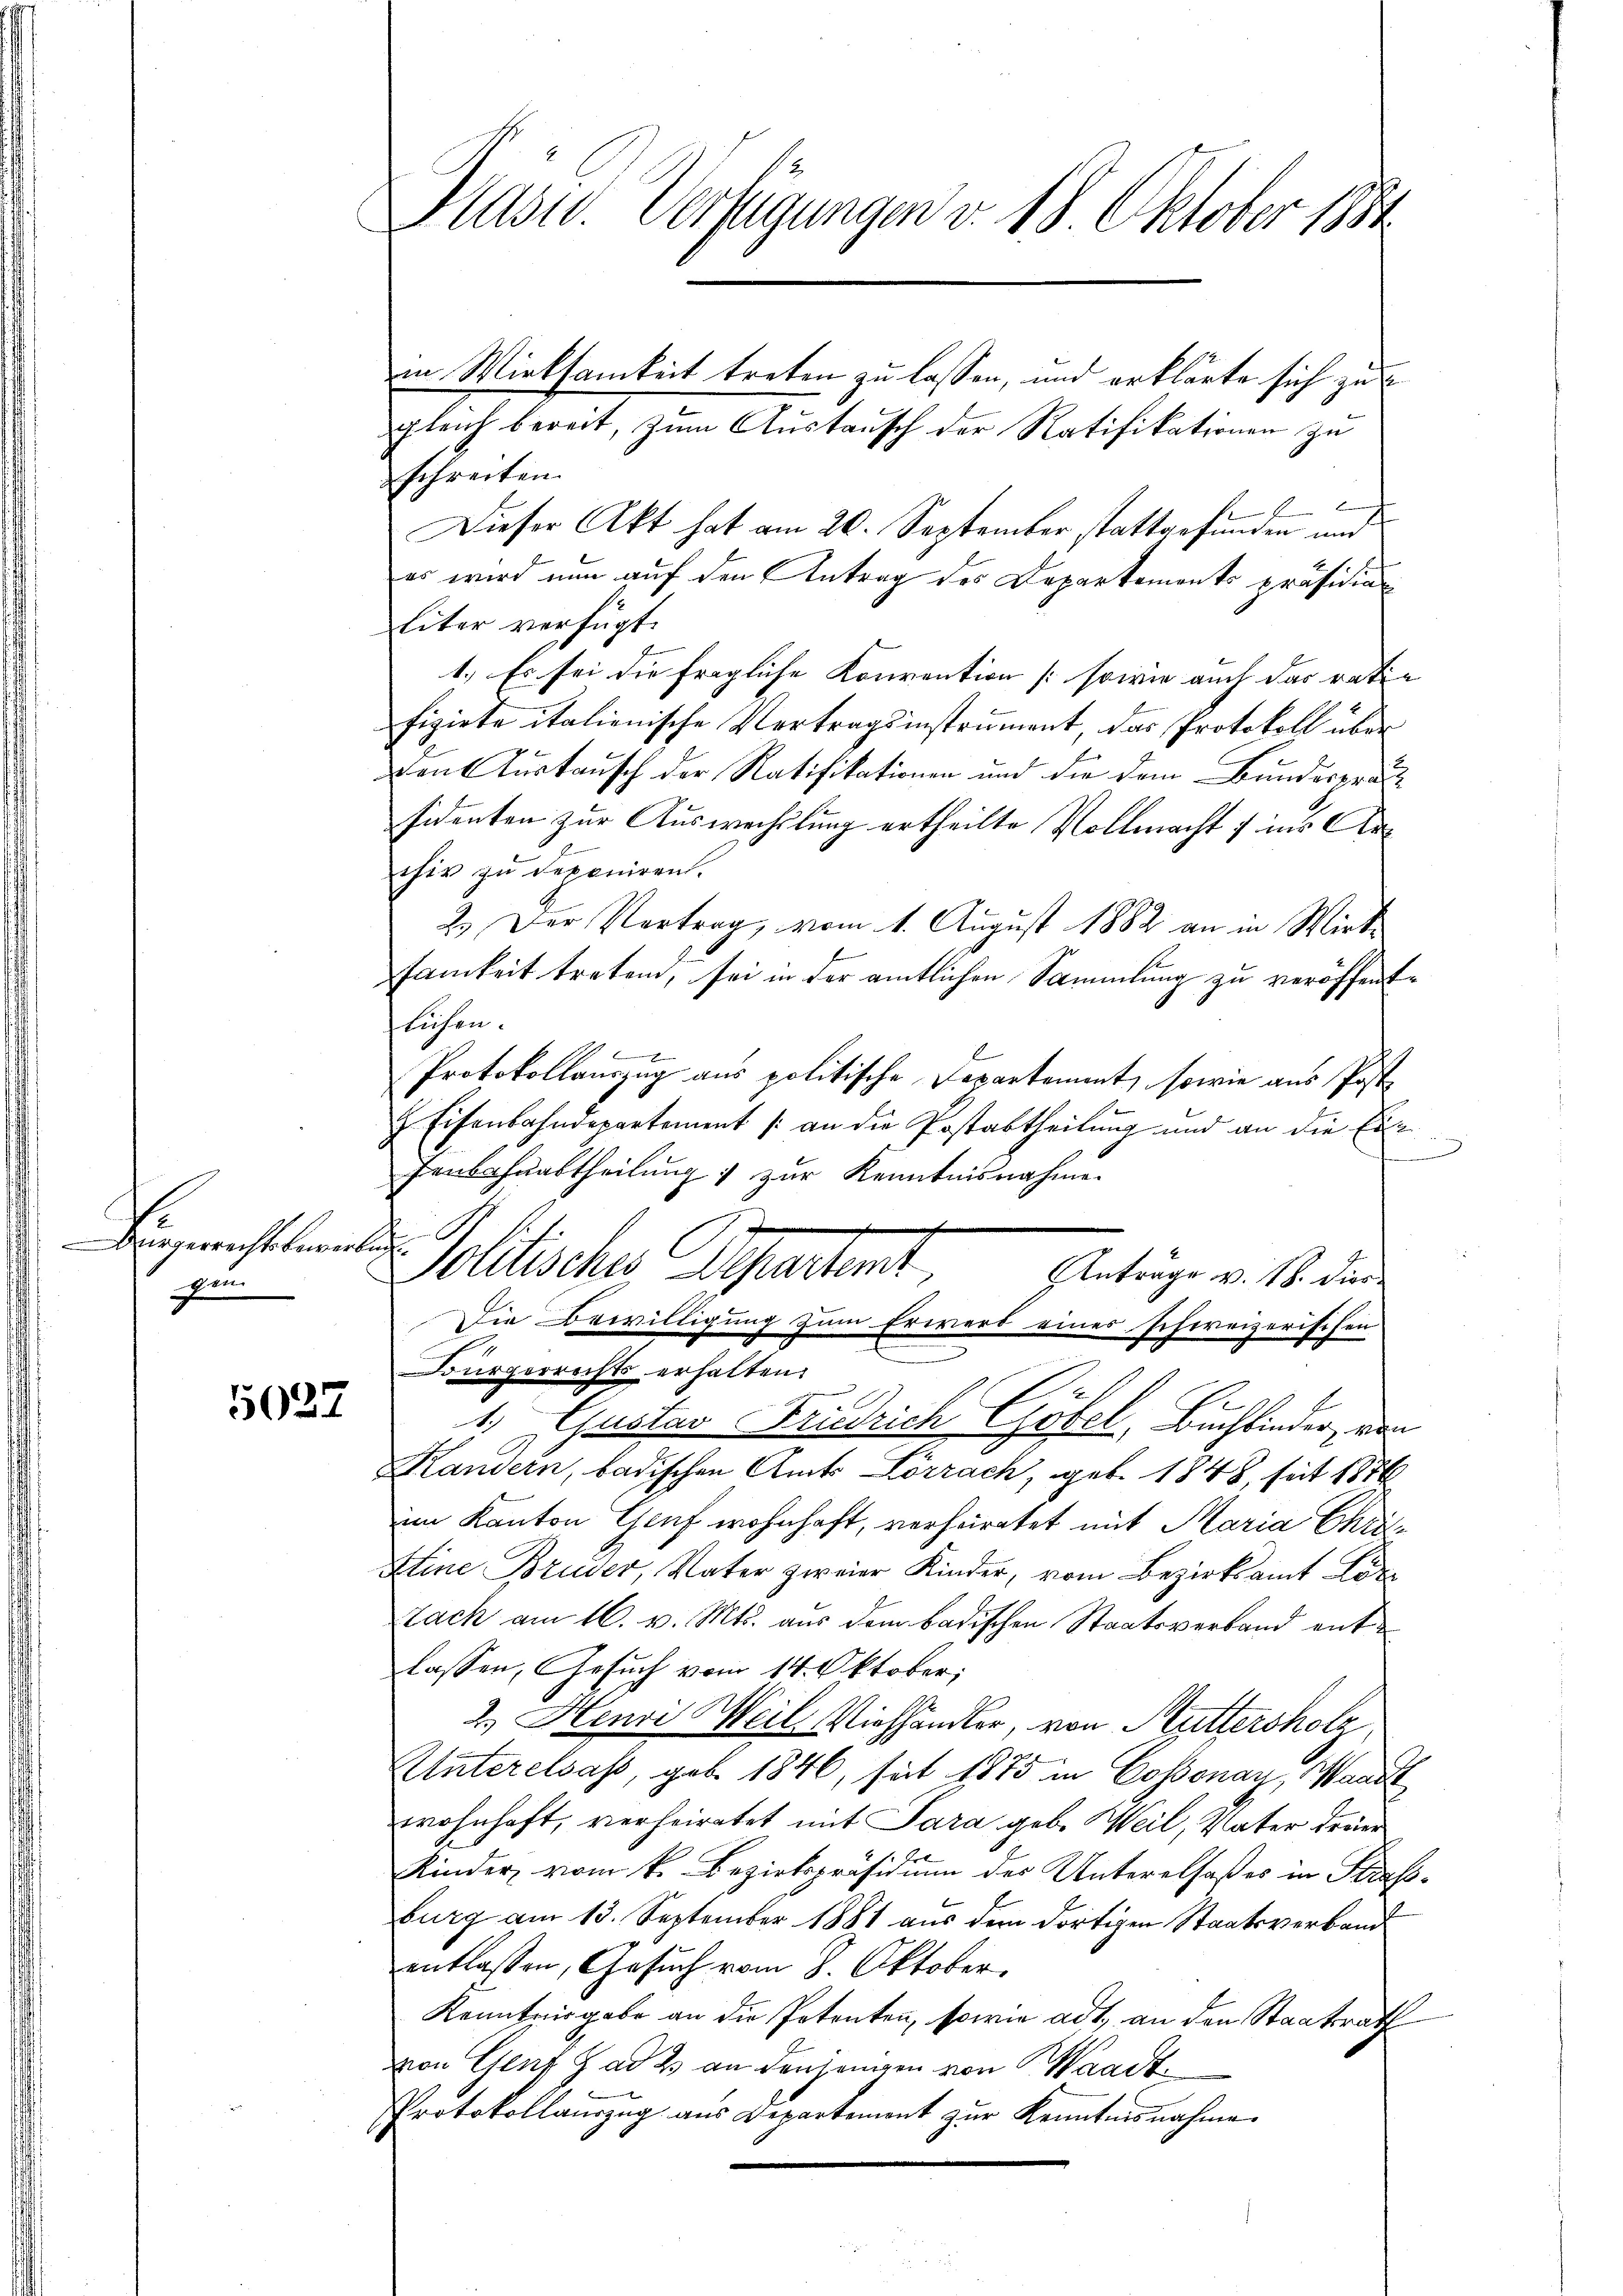
Bürgerrechts bewerken.
zen

5032

in Wirksamkeit treten zu lassen, und erklärte sich zu
gleich bereit, zŭm Aŭstaŭsch der Ratifikationen zu
schreiben.
t
Dieser Akt hat am 20. September stattgefunden und
er wird nun auf den Antrag des Departements präsidia
liter verfügt:
1.) Es sei die fragliche Konvention (sowie auch das ratie
fizirte italienische Vertragsinstrument, das Protokoll über
den Kurtausch der Ratifikationen und die dem Bundesprac
sidenten zur Auswechslung ertheilte Vollmacht ; ins Archir zu deponiren.
2.) Der Vortrag, vom 1. August 1882 an in Wirksamkeit treten, sei in der amtlichen Sammlung zu veröffentlichen.
E
Protokollauszug aus politische Departement, sowie aus Post
 Eisenbahndepartement /: an die Postabtheilung und an die Exe
e
Fenbahnabtheilung zur Kenntnisnahme.
eltisches Departient,
Anträge v. 18. dies
Die Bewilligung zum Erwerb eines schweizerischen
Bürgerrechts erhalten.
C.
z
1 Gustav Friedrich Göbel, Buchbinder, von
Kandern, badischen Amts Lörrach, geb. 1848, seit 1876
im Kanton Genf wohnhaft, verheiratet mit Maria Chri¬
Atine Bruder, Vater zweier Kinder, vom Bezirksamt Hor
Nach am 16. v. Mts. aus dem badischen Staatsverband entlassen, Gesuch vom 14. Oktober;
2.) Henri Weil Viehhändler, von Muttersholz
Unterelsass, geb. 1846, seit 1875 in Cossonay, Waadt
wohnhaft, verheiratet mit Sara geb. Weil, Vater dreier
Kinder vom k. Bezirkspräsidium der Unterelsaßes in Straßburg am 13. September 1881 aus dem dortigen Staatsverband
entlassen, Gesuch vom 8. Oktober.
Kenntnisgabe an die Potenten, sowie adt, an den Staatsrath
von Genf g ad 2. an denjenigen von Waadt
Protokollauszug aus Departement zur Kenntnisnahme

Pasid. Verfügungen v. 18. Oktober 1884

d